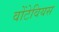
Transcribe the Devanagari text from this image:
वोंटेवियस